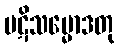
ပဋိသမ္မောဒတု